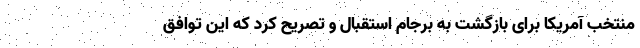
منتخب آمریکا برای بازگشت به برجام استقبال و تصریح کرد که این توافق